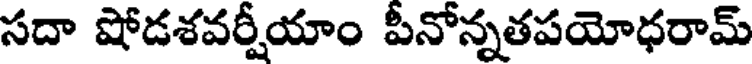
సదా షోడశవర్షీయాం పీనోన్నతపయోధరామ్